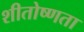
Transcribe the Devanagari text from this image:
शीतोष्णता